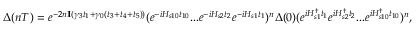
\Delta ( n T ) = e ^ { - 2 n \mathbb { I } ( \gamma _ { 3 } t _ { 1 } + \gamma _ { 0 } ( t _ { 3 } + t _ { 4 } + t _ { 5 } ) ) } ( e ^ { - i H _ { s 1 0 } t _ { 1 0 } } . . . e ^ { - i H _ { s 2 } t _ { 2 } } e ^ { - i H _ { s 1 } t _ { 1 } } ) ^ { n } \Delta ( 0 ) ( e ^ { i H _ { s 1 } ^ { \dagger } t _ { 1 } } e ^ { i H _ { s 2 } ^ { \dagger } t _ { 2 } } . . . e ^ { i H _ { s 1 0 } ^ { \dagger } t _ { 1 0 } } ) ^ { n } ,